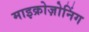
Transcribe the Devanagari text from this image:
माइक्रोज़ोनिंग